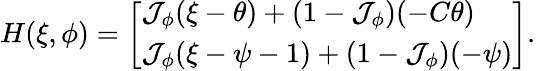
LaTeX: \begin{array}{r}{H(\xi,\phi)=\left[\begin{array}{l}{\mathcal{J}_{\phi}(\xi-\theta)+(1-\mathcal{J}_{\phi})(-C\theta)}\\ {\mathcal{J}_{\phi}(\xi-\psi-1)+(1-\mathcal{J}_{\phi})(-\psi)}\end{array}\right].}\end{array}